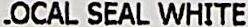
LOCAL SEAL WHITE